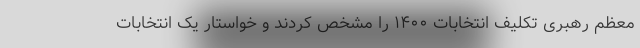
معظم رهبری تکلیف انتخابات ۱۴۰۰ را مشخص کردند و خواستار یک انتخابات